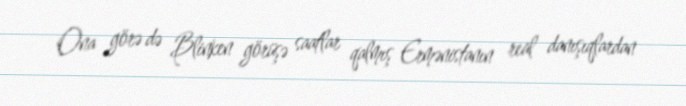
Ona görə də Blinken görüşə saatlar qalmış Ermənistanın real danışıqlardan